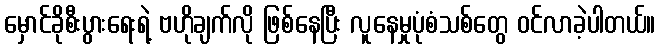
မှောင်ခိုစီးပွားရေးရဲ့ ဗဟိုချက်လို ဖြစ်နေပြီး လူနေမှုပုံစံသစ်တွေ ဝင်လာခဲ့ပါတယ်။